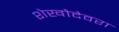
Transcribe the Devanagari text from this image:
शेखोदेवरा